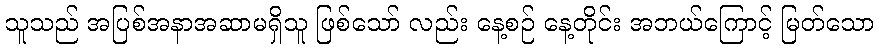
သူသည် အပြစ်အနာအဆာမရှိသူ ဖြစ်သော် လည်း နေ့စဉ် နေ့တိုင်း အဘယ်ကြောင့် မြတ်သော